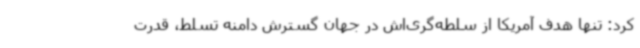
کرد: تنها هدف آمریکا از سلطه‌گری‌اش در جهان گسترش دامنه تسلط، قدرت